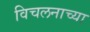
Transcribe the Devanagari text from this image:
विचलनाच्या